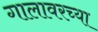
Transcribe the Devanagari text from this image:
गालावरच्या